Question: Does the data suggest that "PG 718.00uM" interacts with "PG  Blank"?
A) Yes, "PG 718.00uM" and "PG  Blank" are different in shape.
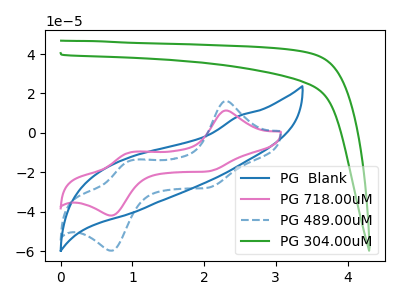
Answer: <think>The blue curve "PG  Blank" has no peaks. The pink curve "PG 718.00uM" has anodic peaks at (2.30V, 11.35uA) (0.95V, -9.90uA) and cathodic peaks at (2.05V, -19.60uA) (0.70V, -41.95uA). The blue dashed curve "PG 489.00uM" has anodic peaks at (2.30V, 16.15uA) (0.95V, -14.10uA) and cathodic peaks at (2.05V, -27.95uA) (0.70V, -59.80uA). The green curve "PG 304.00uM" has no peaks.
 "PG 718.00uM" and "PG  Blank" have a different number of peaks.</think>
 <answer>A) Yes, "PG 718.00uM" and "PG  Blank" are different in shape.</answer>
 <eval>A</eval>